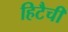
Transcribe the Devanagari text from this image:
हिटैची